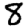
Digit: 8